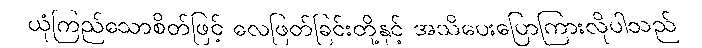
ယုံကြည်သောစိတ်ဖြင့် လေဖြတ်ခြင်းတို့နှင့် အသိပေးပြောကြားလိုပါသည်